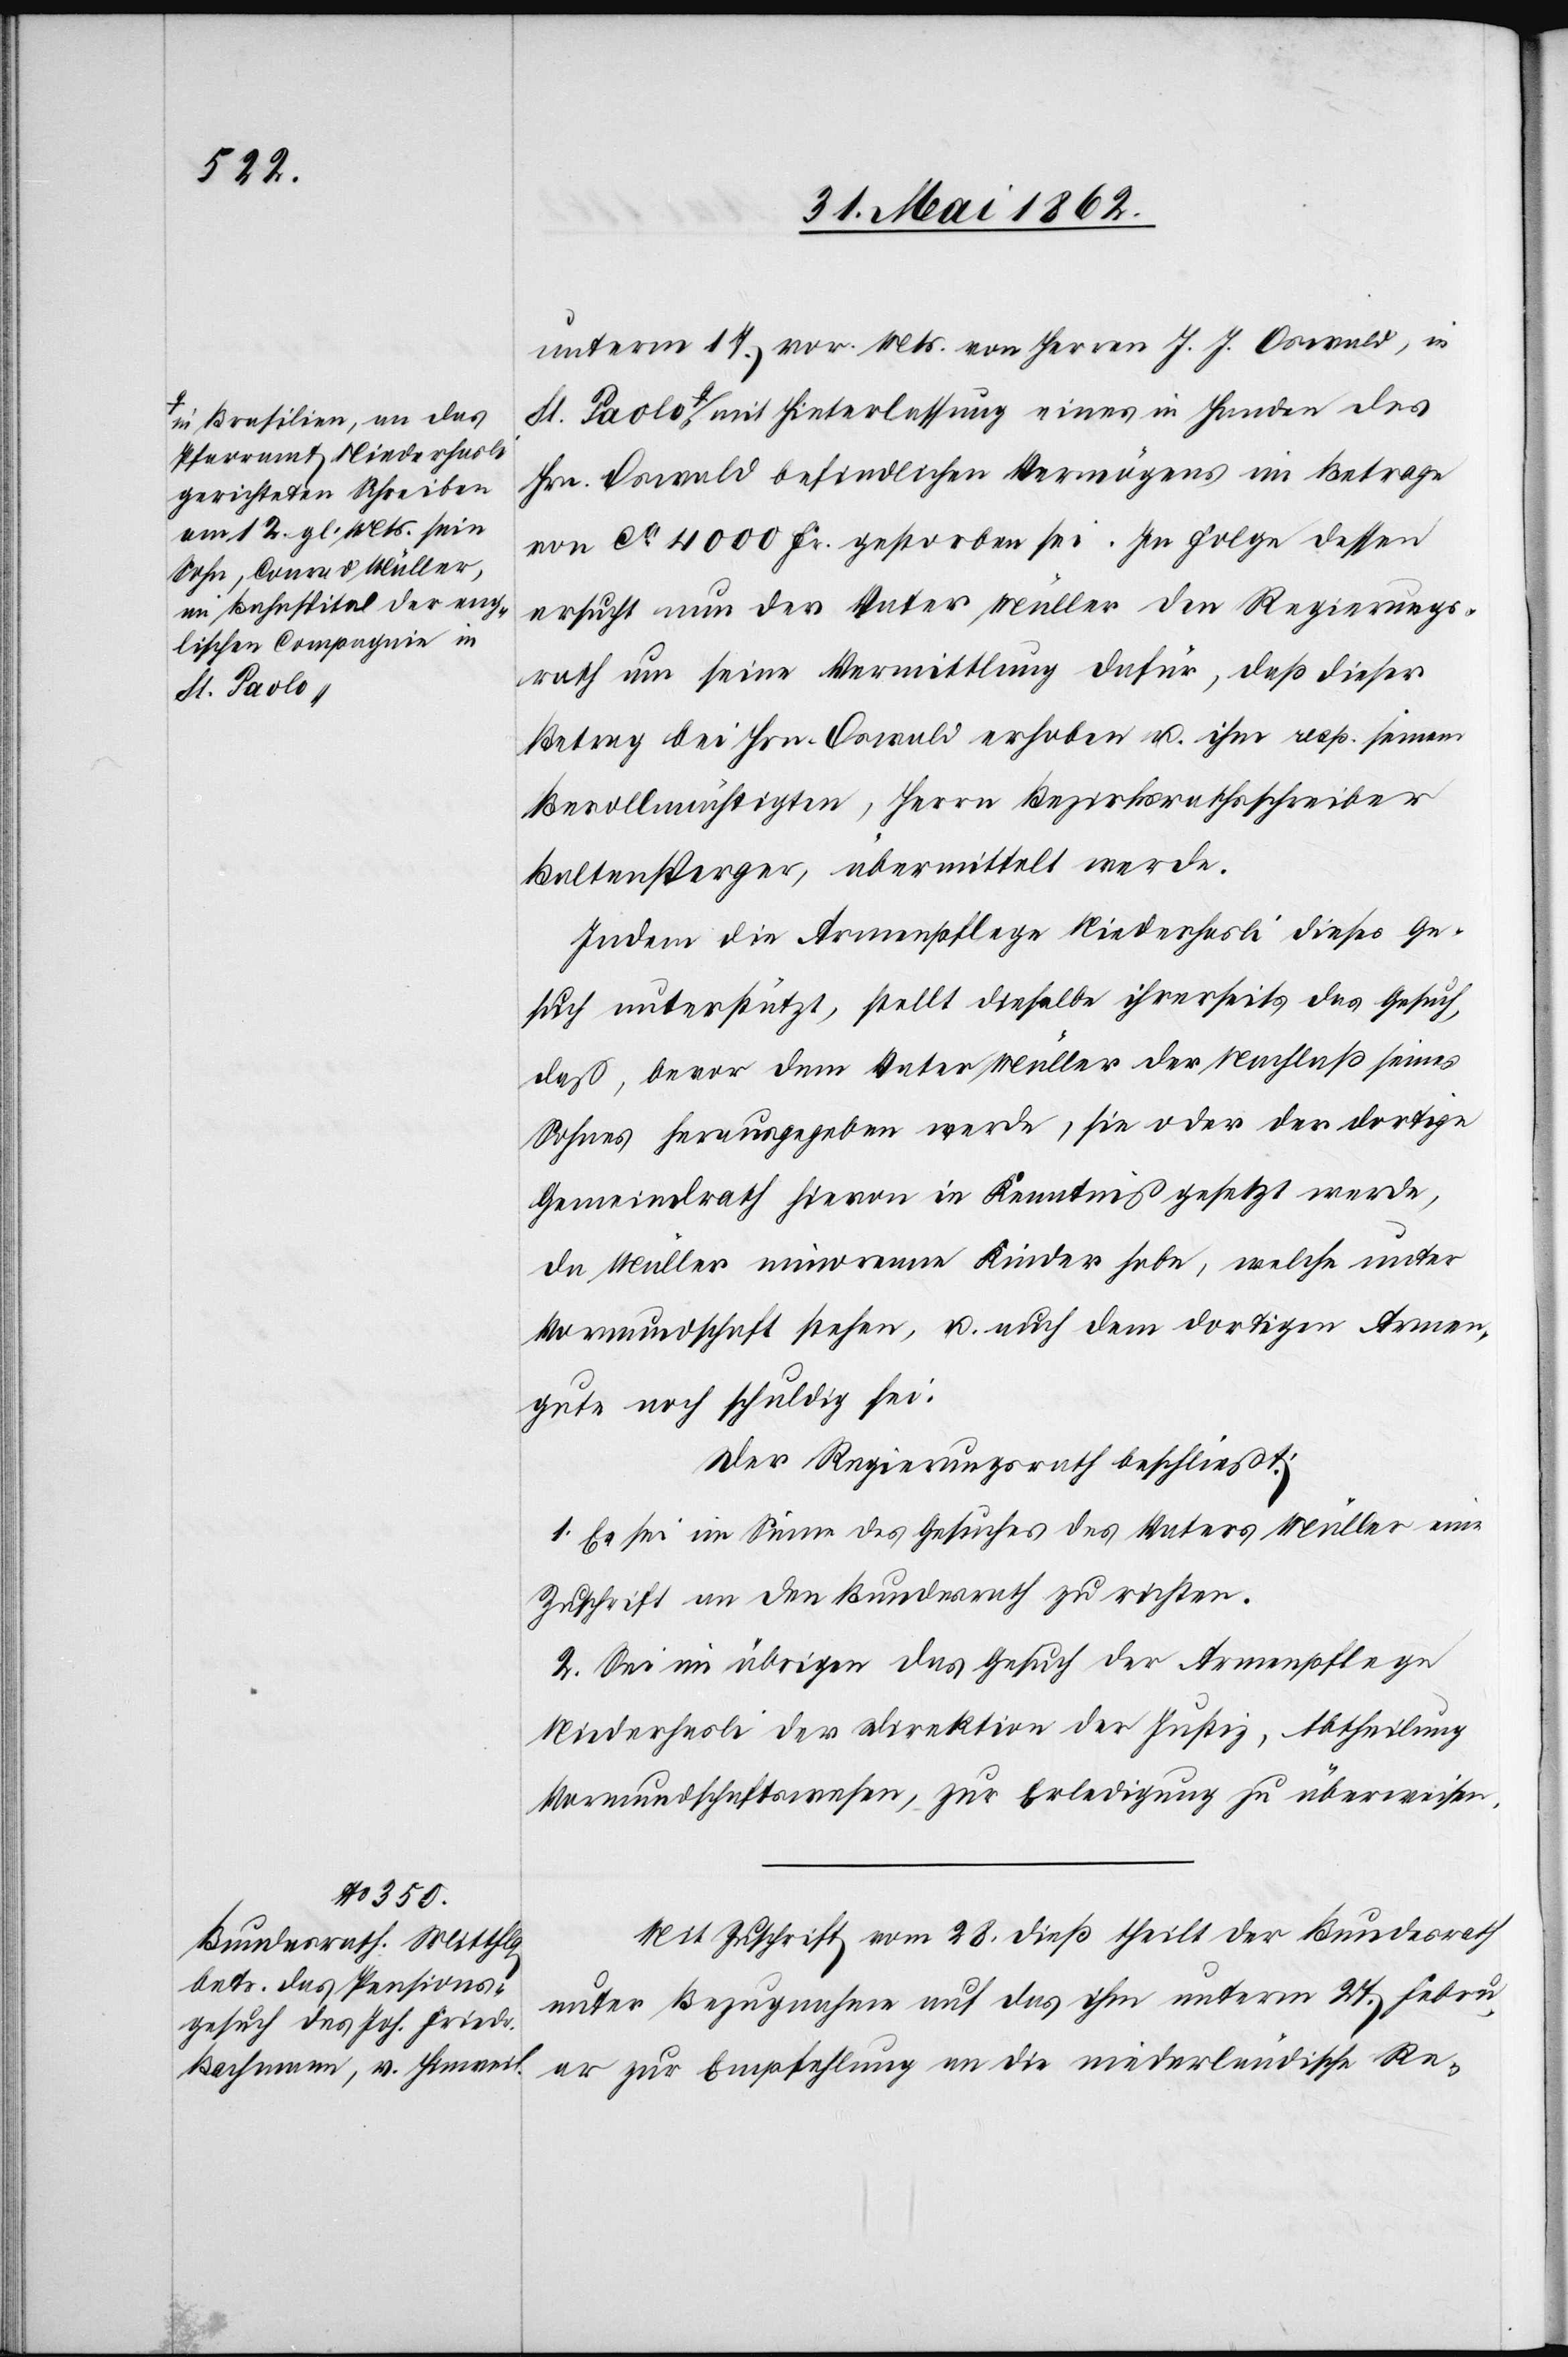
a-in Brasilien, an das
Pfarramt Niederhasli
gerichteten Schreiben
vom 12. gl. Mts. sein
Sohn, Conrad Müller,
im Bahnspital der eng¬
lischen Compagnie in
St. Paolo

unterm 17. vor. Mts. von Herrn J. J. Oswald, in
St. Paolo-a mit Hinterlassung eines in Handen des
Hrn. Oswald befindlichen Vermögens im Betrage
von ca. 4000 Fr. gestorben sei. In Folge dessen
ersucht nun der Vater Müller den Regierungs¬
rath um seine Vermittlung dafür, daß dieser
Betrag bei Hrn. Oswald erhoben u. ihm resp. seinem
Bevollmächtigten, Herrn Bezirksrathsschreiber
Baltensperger, übermittelt werde.
Indem die Armenpflege Niederhasli dieses Ge¬
such unterstützt, stellt dieselbe ihrerseits das Gesuch,
daß, bevor dem Vater Müller der Nachlaß seines
Sohnes herausgegeben werde, sie oder der dortige
Gemeindrath hievon in Kenntniß gesetzt werde,
da Müller minorenne Kinder habe, welche unter
Vormundschaft stehen, u. auch dem dortigen Armen¬
gute noch schuldig sei.
Der Regierungsrath beschließt:
1. Es sei im Sinne des Gesuches des Vaters Müller eine
Zuschrift an den Bundesrath zu richten.
2. Sei im übrigen das Gesuch der Armenpflege
Niederhasli der Direktion der Justiz, Abtheilung
Vormundschaftswesen, zur Erledigung zu überweisen.
Mit Zuschrift vom 28. dieß theilt der Bundesrath
unter Bezugnahme auf das ihm unterm 27. Febru¬
ar zur Empfehlung an die niederländische Re-